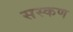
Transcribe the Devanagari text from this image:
सस्कण